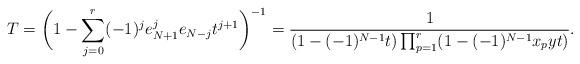
LaTeX: \begin{align*}T=\bigg(1-\sum_{j=0}^{r}(-1)^je_{N+1}^je_{N-j} t^{j+1}\bigg)^{-1}= \frac{1}{(1-(-1)^{N-1}t)\prod_{p=1}^{r}(1-(-1)^{N-1}x_pyt)}.\end{align*}